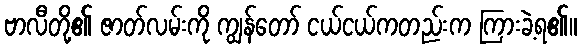
ဗာလီတို့၏ ဇာတ်လမ်းကို ကျွန်တော် ငယ်ငယ်ကတည်းက ကြားခဲ့ရ၏။